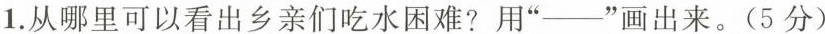
1.从哪里可以看出乡亲们吃水困难？用“—”画出来。（5分）